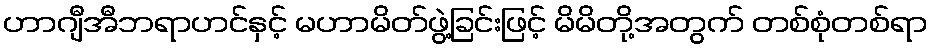
ဟာဂျီအီဘရာဟင်နှင့် မဟာမိတ်ဖွဲ့ခြင်းဖြင့် မိမိတို့အတွက် တစ်စုံတစ်ရာ